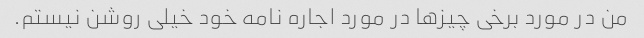
من در مورد برخی چیزها در مورد اجاره نامه خود خیلی روشن نیستم.